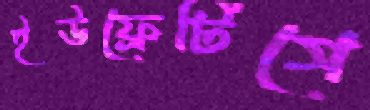
ইউফ্রেটিসে